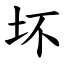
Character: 坏